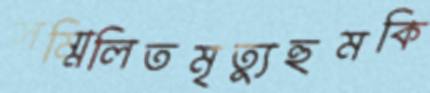
সম্মিলিতমৃত্যুহুমকি